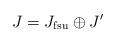
LaTeX: \begin{align*} J=J_{\mathrm{fsu}}\oplus J'\end{align*}